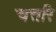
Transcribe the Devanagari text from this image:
चत्तरि